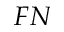
F N